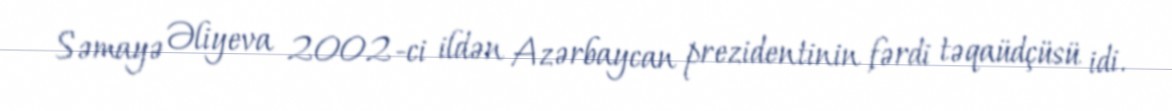
Səmayə Əliyeva 2002-ci ildən Azərbaycan prezidentinin fərdi təqaüdçüsü idi.